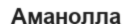
Аманолла